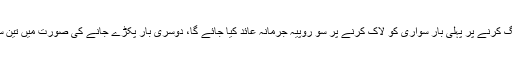
پولس ذرائع نے بتایا کہ غلط پارکنگ کرنے پر پہلی بار سواری کو لاک کرنے پر سو روپیہ جرمانہ عائد کیا جائے گا، دوسری بار پکڑے جانے کی صورت میں تین سو روپیہ جرمانہ عائد کیا جائے گا۔